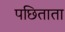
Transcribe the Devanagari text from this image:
पछिताता